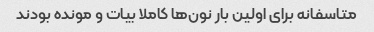
متاسفانه برای اولین بار نون‌ها کاملا بیات و مونده بودند